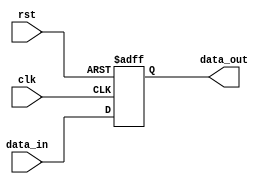
module dut #(parameter DATA_WIDTH = 8, parameter ADDR_WIDTH = 8)(
    input wire clk,
    input wire rst,
    input wire [DATA_WIDTH-1:0] data_in,
    output reg [DATA_WIDTH-1:0] data_out
);
    always @(posedge clk or posedge rst) begin
        if (rst)
            data_out <= 0;
        else
            data_out <= data_in; // Simple behavior: output follows input
    end
endmodule